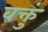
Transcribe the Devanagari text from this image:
वक्तुं